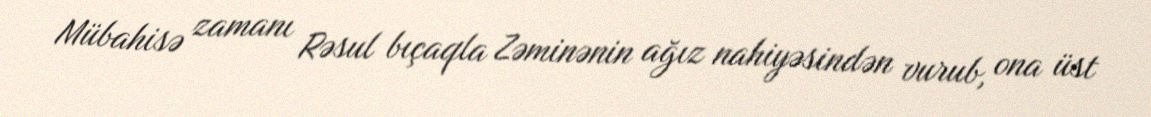
Mübahisə zamanı Rəsul bıçaqla Zəminənin ağız nahiyəsindən vurub, ona üst